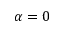
\alpha = 0